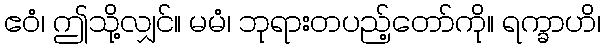
ဧဝံ၊ ဤသို့လျှင်။ မမံ၊ ဘုရားတပည့်တော်ကို။ ရက္ခာဟိ၊